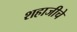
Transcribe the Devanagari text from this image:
शहाजीचे